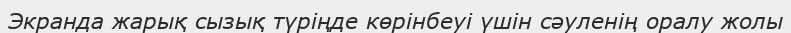
Экранда жарық сызық түріңде көрінбеуі үшін сәуленің оралу жолы